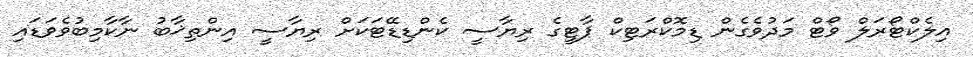
އިލެކްޓޯރަލް ވޯޓް މަދުވެގެން ޑިމޮކްރަޓިކް ޕާޓީގެ ރިޔާސީ ކެންޑިޑޭޓަކަށް ރިޔާސީ އިންތިޚާބު ނާކާމިބުވެވަޑައި